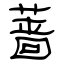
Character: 蔷